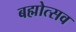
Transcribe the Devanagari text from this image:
बह्मोत्‍सव